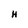
Character: H